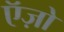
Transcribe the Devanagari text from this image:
ऍज़ो